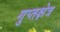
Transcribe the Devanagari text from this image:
गुप्तक्षेत्र